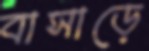
বাসাড়ে